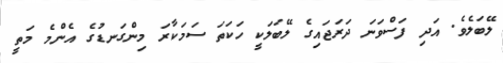
ލޭބަލެވެ. އަދި ފަސްވަނަ ދަރަޖައިގެ ލޭބަލަކީ ހަކަތަ ސަމަކާރަ މިންގަނޑުގެ އެންމެ މަތީ